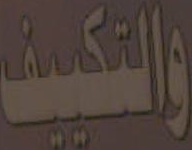
والتكييف